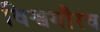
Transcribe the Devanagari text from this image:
विश्वगौरव